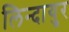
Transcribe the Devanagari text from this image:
लिन्दायुर